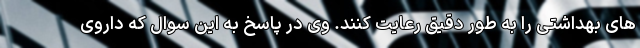
های بهداشتی را به طور دقیق رعایت کنند. وی در پاسخ به این سوال که داروی